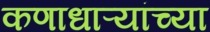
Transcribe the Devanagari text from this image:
कणाधाऱ्यांच्या